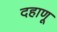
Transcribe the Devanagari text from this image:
दहाणू